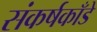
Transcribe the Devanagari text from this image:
संकर्षकाँडे